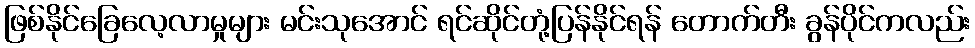
ဖြစ်နိုင်ခြေလေ့လာမှုများ မင်းသုအောင် ရင်ဆိုင်တုံ့ပြန်နိုင်ရန် တောက်တီး ခွန်ပိုင်ကလည်း